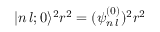
| n \, l ; 0 \rangle ^ { 2 } r ^ { 2 } = ( \psi _ { n \, l } ^ { ( 0 ) } ) ^ { 2 } r ^ { 2 }